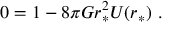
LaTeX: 0 = 1 - 8 \pi G r _ { * } ^ { 2 } U ( r _ { * } ) \ .